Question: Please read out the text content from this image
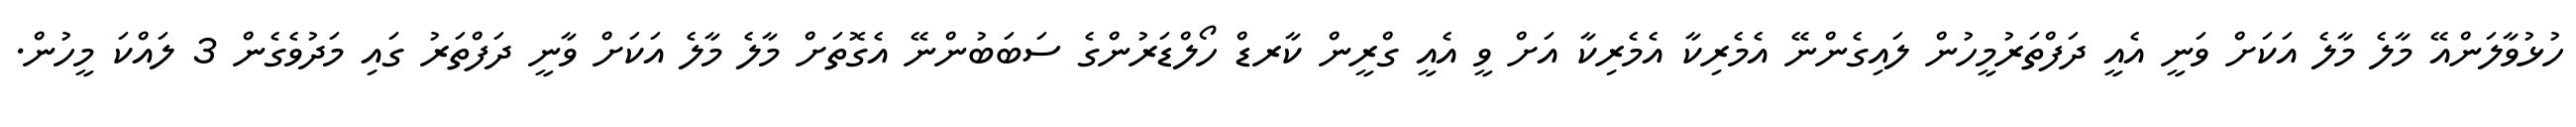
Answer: ހުޅުވާލަންއޭ މާލެ މާލެ އަކަށް ވަނީ އެއީ ދަފްތަރުމީހުން ލައިގެންނޭ އެމެރިކާ އެމެރިކާ އަށް ވީ އެއީ ގްރީން ކާރޑް ހޯލްޑަރުންގެ ސަބަބުންނޭ އެގޮތަށް މާލެ މާލެ އަކަށް ވާނީ ދަފްތަރު ގައި މަދުވެގެން 3 ލައްކަ މީހުން.